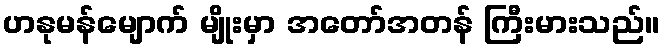
ဟနုမန်မျောက် မျိုးမှာ အတော်အတန် ကြီးမားသည်။